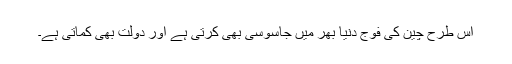
اس طرح چین کی فوج دنیا بھر میں جاسوسی بھی کرتی ہے اور دولت بھی کماتی ہے۔